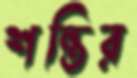
শন্তির